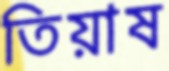
তিয়াষ